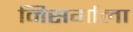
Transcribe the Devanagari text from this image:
निसर्गाला